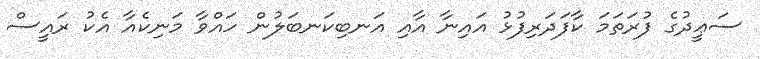
ސަޢީދުގެ ފުރަތަމަ ކާފަދަރިފުޅު އައިނާ އާއި އަނބިކަނބަލުން ހައްވާ މަނިކެއާ އެކު ރައީސް